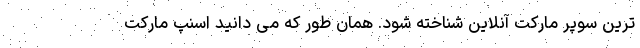
ترین سوپر مارکت آنلاین شناخته شود. همان طور که می دانید اسنپ مارکت